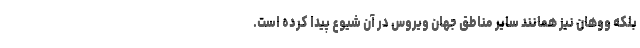
بلکه ووهان نیز همانند سایر مناطق جهان ویروس در آن شیوع پیدا کرده است.